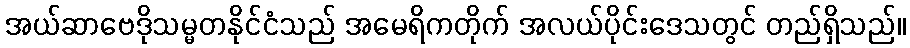
အယ်ဆာဗေဒိုသမ္မတနိုင်ငံသည် အမေရိကတိုက် အလယ်ပိုင်းဒေသတွင် တည်ရှိသည်။